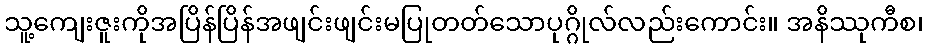
သူ့ကျေးဇူးကိုအပြိန်ပြိန်အဖျင်းဖျင်းမပြုတတ်သောပုဂ္ဂိုလ်လည်းကောင်း။ အနိဿုကီစ၊